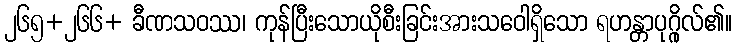
၂၆၅+၂၆၆+ ခီဏသဝဿ၊ ကုန်ပြီးသောယိုစီးခြင်းအားသဝေါရှိသော ရဟန္တာပုဂ္ဂိုလ်၏။